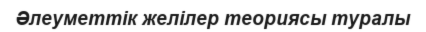
Әлеуметтік желілер теориясы туралы